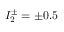
I _ { 2 } ^ { \pm } = \pm 0 . 5